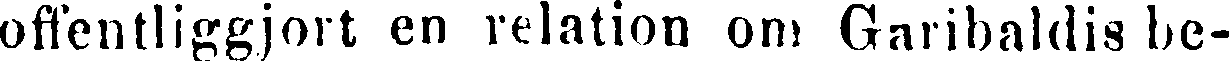
offentliggjort en relation om Garibaldis be-